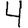
Digit: 4